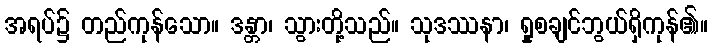
အရပ်၌ တည်ကုန်သော။ ဒန္တာ၊ သွားတို့သည်။ သုဒဿနာ၊ ရှုစချင်ဘွယ်ရှိကုန်၏။